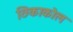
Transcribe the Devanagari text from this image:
छिकाकोल